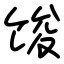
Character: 馂